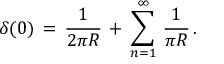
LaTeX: \delta ( 0 ) \, = \, \frac { 1 } { 2 \pi R } \, + \, \sum _ { n = 1 } ^ { \infty } \, \frac { 1 } { \pi R } \, .